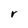
Character: r